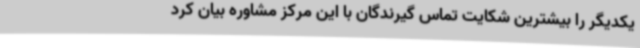
یکدیگر را بیشترین شکایت تماس گیرندگان با این مرکز مشاوره بیان کرد